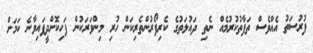
ފުރުސަތު އެއްވެސް ތަފާތުކުރުމެއް ނެތި ދައުލަތުގެ ކެރިފޯރުންތެރިކަން ހުރި މިންވަރަކުން ފަހިކޮށްދީފައިވާނެ ކަމަށް